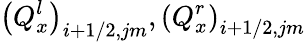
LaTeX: {{\left(Q_{x}^{l}\right)}_{i+1/2,jm}},{{\left(Q_{x}^{r}\right)}_{i+1/2,jm}}